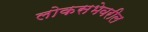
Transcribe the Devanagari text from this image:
लोकसभेवरील